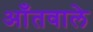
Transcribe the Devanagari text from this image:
आँतवाले